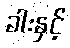
ခါးနှင့်